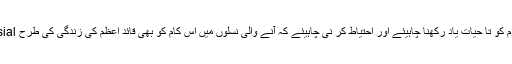
عمران خان کا جاتے سال کا یہ تحفہ پوری قوم کو تا حیات یاد رکھنا چاہیئے اور احتیاط کر نی چاہیئے کہ آنے والی نسلوں میں اس کام کو بھی قائد اعظم کی زندگی کی طرح controversialیا نا قابلِ توجہ نہ بنا دیا جائے ۔